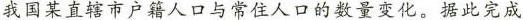
我国某直辖市户籍人口与常住人口的数量变化。据此完成